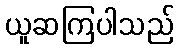
ယူဆကြပါသည်